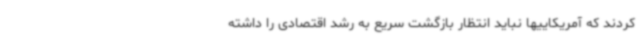
کردند که آمریکاییها نباید انتظار بازگشت سریع به رشد اقتصادی را داشته